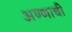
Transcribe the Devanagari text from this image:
अण्णाची